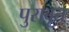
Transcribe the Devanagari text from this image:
पुरावृत